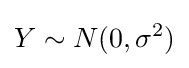
Y\sim N(0,\sigma ^{2})